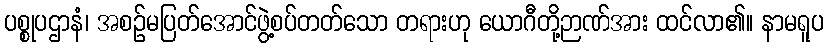
ပစ္စုပဌာနံ၊ အစဉ်မပြတ်အောင်ဖွဲ့စပ်တတ်သော တရားဟု ယောဂီတို့ဉာဏ်အား ထင်လာ၏။ နာမရူပ